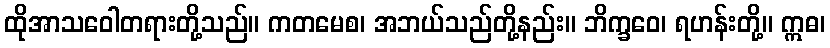
ထိုအာသဝေါတရားတို့သည်။ ကတမေစ၊ အဘယ်သည်တို့နည်း။ ဘိက္ခဝေ၊ ရဟန်းတို့။ ဣဓ၊